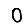
Digit: 0